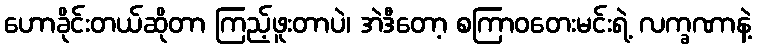
ဟောခိုင်းတယ်ဆိုတာ ကြည့်ဖူးတာပဲ၊ အဲဒီတော့ စကြာဝတေးမင်းရဲ့ လက္ခဏာနဲ့